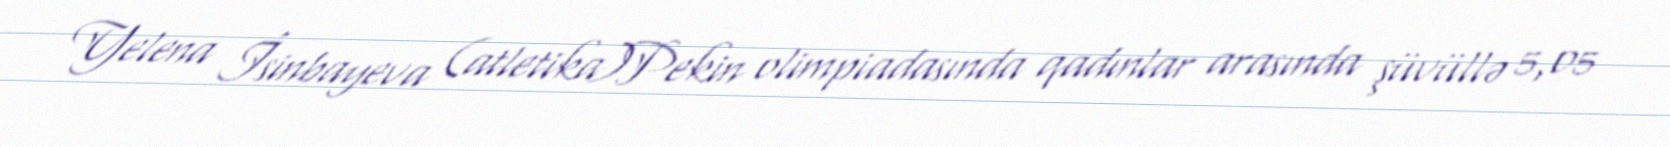
Yelena İsinbayeva (atletika)Pekin olimpiadasında qadınlar arasında şüvüllə 5,05